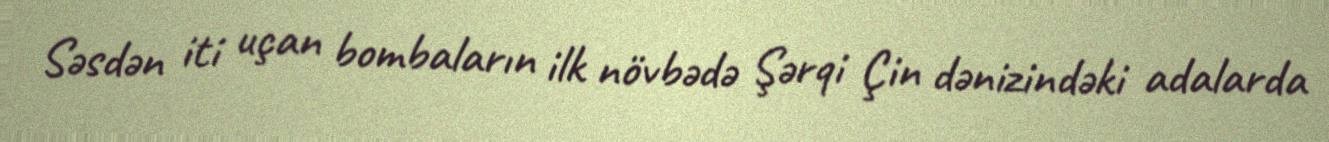
Səsdən iti uçan bombaların ilk növbədə Şərqi Çin dənizindəki adalarda